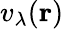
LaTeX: v_{\lambda}(\mathbf{r})